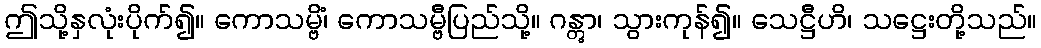
ဤသို့နှလုံးပိုက်၍။ ကောသမ္ဗိံ၊ ကောသမ္ဗီပြည်သို့။ ဂန္တွာ၊ သွားကုန်၍။ သေဋ္ဌီဟိ၊ သဋ္ဌေးတို့သည်။